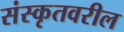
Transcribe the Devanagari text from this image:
संस्कृतवरील